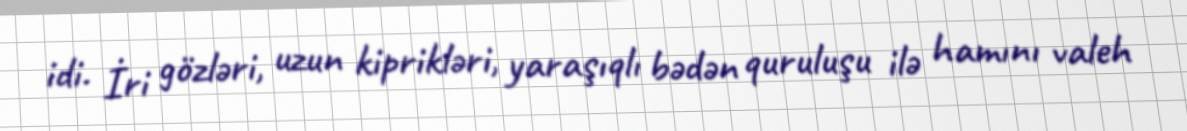
idi. İri gözləri, uzun kiprikləri, yaraşıqlı bədən quruluşu ilə hamını valeh